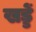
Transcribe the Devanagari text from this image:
खड्डें